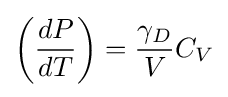
\left({\frac {dP}{dT}}\right)={\frac {\gamma _{D}}{V}}C_{V}